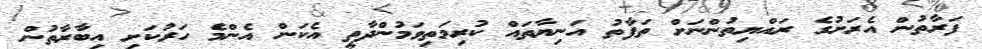
ފަރާތުން އެރަށުގެ ރައްޔިތުންނަށް ތަފާތު އަނިޔާތައް ކުރިމަތިވަމުންދާތީ އެކަން އެންމެ ހަރުކަށި އިބާރާތުން